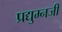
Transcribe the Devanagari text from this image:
प्रद्युम्नजी